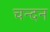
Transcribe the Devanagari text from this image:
चन्‍दन